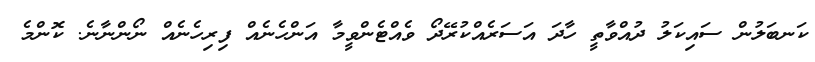
ކަނބަލުން ސައިކަލު ދުއްވާތީ ހާދަ އަސަރެއްކުރޭދޯ ވެއްޓެންވީމާ އަންހެނެއް ފިރިހެނެއް ނޯންނާނެ. ކޮންމެ